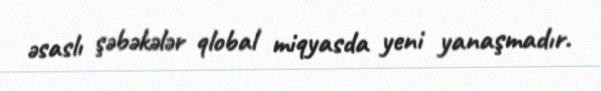
əsaslı şəbəkələr qlobal miqyasda yeni yanaşmadır.